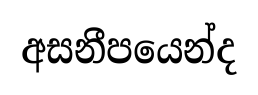
අසනීපයෙන්ද